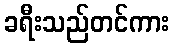
ခရီးသည်တင်ကား